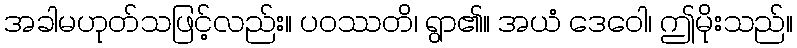
အခါမဟုတ်သဖြင့်လည်း။ ပဝဿတိ၊ ရွာ၏။ အယံ ဒေဝေါ၊ ဤမိုးသည်။